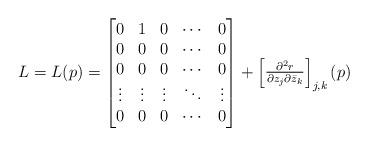
LaTeX: \begin{align*}L = L(p) =\begin{bmatrix}0 & 1 & 0 & \cdots & 0 \\0 & 0 & 0 & \cdots & 0 \\0 & 0 & 0 & \cdots & 0 \\\vdots & \vdots & \vdots & \ddots & \vdots \\0 & 0 & 0 & \cdots & 0\end{bmatrix}+\begin{bmatrix}\frac{\partial^2 r}{ \partial z_j \partial \bar{z}_k}\end{bmatrix}_{j,k}(p)\end{align*}